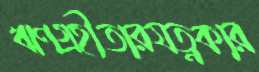
ঋণগ্রহীতারযত্নকার